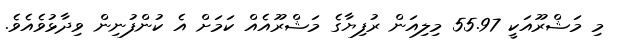
މި މަޝްރޫއަކީ 55.97 މިލިއަން ރުފިޔާގެ މަޝްރޫއެއް ކަމަށް އެ ކުންފުނިން ވިދާޅުވެއެވެ.